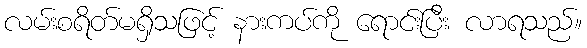
လမ်းစရိတ်မရှိသဖြင့် နားကပ်ကို ရောင်းပြီး လာရသည်။